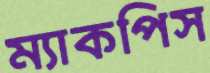
ম্যাকপিস